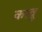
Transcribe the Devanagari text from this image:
कावू